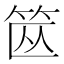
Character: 𱷶